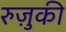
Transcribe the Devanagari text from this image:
रुज़ुकी